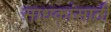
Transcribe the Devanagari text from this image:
साधकांसाठी